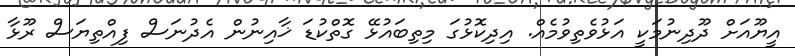
އީޔޫއަށް ދޫދިނުމަކީ އަޅުވެތިވުމެއް. އިދިކޮޅުގަ މިތިބައުޅޭ ގޮތްކުޑަ ޚާއިނުން އެދުނަސް ފިއްތިޔަސް ރޫޅާ